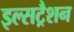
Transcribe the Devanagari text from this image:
इल्सट्रैशन